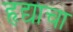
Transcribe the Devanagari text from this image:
हृद्याचा